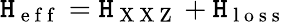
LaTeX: \mathtt{H}_{\mathrm{{~e~f~f~}}}=\mathtt{H}_{\mathrm{{~X~X~Z~}}}+\mathtt{H}_{\mathrm{{~l~o~s~s~}}}